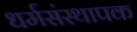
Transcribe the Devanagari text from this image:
धर्मसंस्थापक